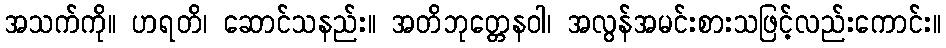
အသက်ကို။ ဟရတိ၊ ဆောင်သနည်း။ အတိဘုတ္တေနဝါ၊ အလွန်အမင်းစားသဖြင့်လည်းကောင်း။